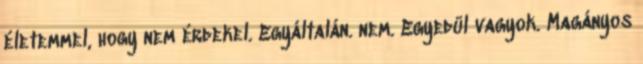
életemmel, hogy nem érdekel. Egyáltalán. nem. Egyedül vagyok. Magányos